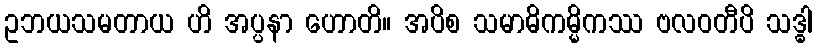
ဥဘယသမတာယ ဟိ အပ္ပနာ ဟောတိ။ အပိစ သမာဓိကမ္မိကဿ ဗလဝတီပိ သဒ္ဓါ